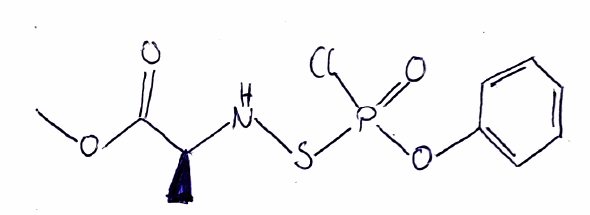
Simplified molecular-input line-entry system (SMILES) notation of the given molecule:
C[C@@H](C(=O)OC)NSP(=O)(OC1=CC=CC=C1)Cl